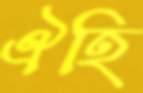
ঐহি